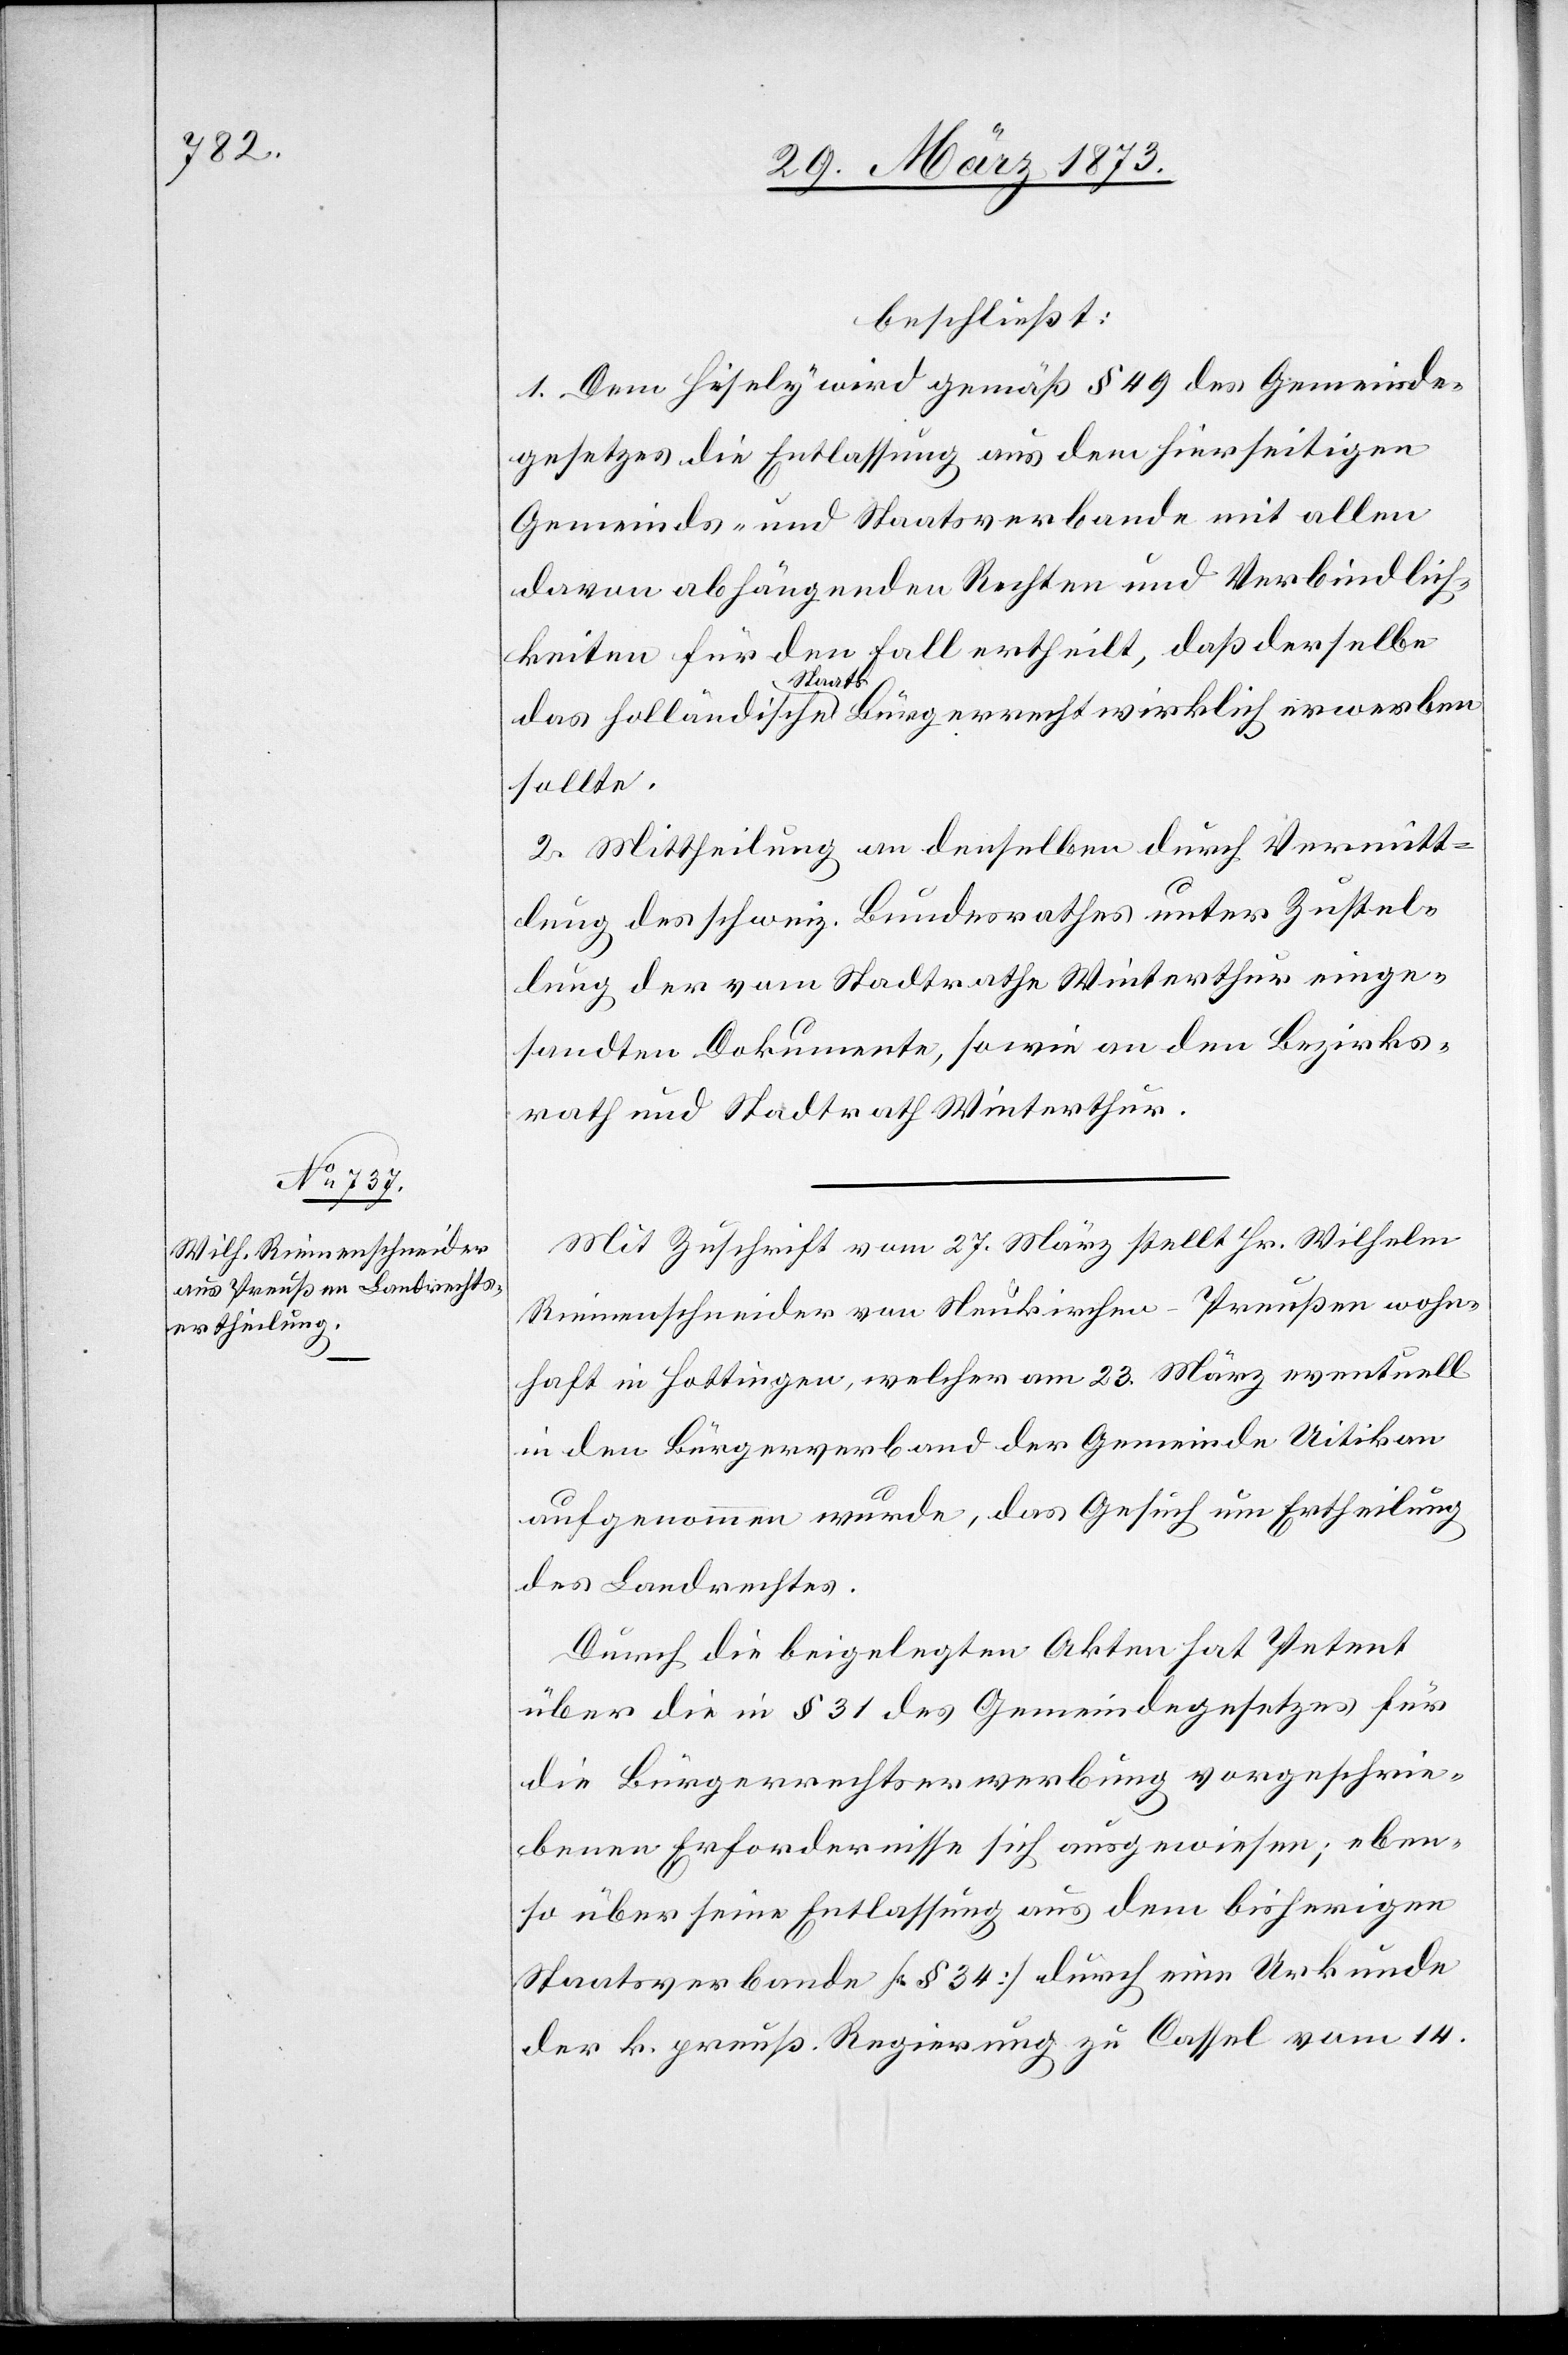
beschließt:
1. Dem Hisely wird gemäß § 49 des Gemeinde¬
gesetzes die Entlassung aus dem hierseitigen
Gemeinds- und Staatsverbande mit allen
davon abhängenden Rechten und Verbindlich¬
keiten für den Fall ertheilt, daß derselbe
das holländische Staatsbürgerrecht wirklich erwerben
sollte.
2. Mittheilung an denselben durch Vermitt¬
lung des schweiz. Bundesrathes unter Zustel¬
lung der vom Stadtrathe Winterthur einge¬
sandten Dokumente, sowie an den Bezirks¬
rath und Stadtrath Winterthur.